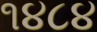
૧૪૮૪